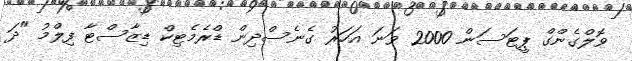
ވޮލްގެންގް ޕީޓަސަން 2000 ވަނަ އަހަރު ގެނެސްދިން ޑްރެމެޓިކް ޑިޒާސްޓާ ފިލްމު "ދަ